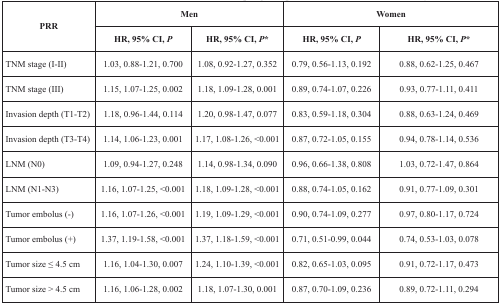
<table><thead><tr><td rowspan="2"><b>PRR</b></td><td colspan="2"><b>Men</b></td><td colspan="2"><b>Women</b></td></tr><tr><td><b>HR, 95% CI, <i>P</i></b></td><td><b>HR, 95% CI, <i>P</i>*</b></td><td><b>HR, 95% CI, <i>P</i></b></td><td><b>HR, 95% CI, <i>P</i>*</b></td></tr></thead><tbody><tr><td>TNM stage (I-II)</td><td>1.03, 0.88-1.21, 0.700</td><td>1.08, 0.92-1.27, 0.352</td><td>0.79, 0.56-1.13, 0.192</td><td>0.88, 0.62-1.25, 0.467</td></tr><tr><td>TNM stage (III)</td><td>1.15, 1.07-1.25, 0.002</td><td>1.18, 1.09-1.28, 0.001</td><td>0.89, 0.74-1.07, 0.226</td><td>0.93, 0.77-1.11, 0.411</td></tr><tr><td>Invasion depth (T1-T2)</td><td>1.18, 0.96-1.44, 0.114</td><td>1.20, 0.98-1.47, 0.077</td><td>0.83, 0.59-1.18, 0.304</td><td>0.88, 0.63-1.24, 0.469</td></tr><tr><td>Invasion depth (T3-T4)</td><td>1.14, 1.06-1.23, 0.001</td><td>1.17, 1.08-1.26, &lt;0.001</td><td>0.87, 0.72-1.05, 0.155</td><td>0.94, 0.78-1.14, 0.536</td></tr><tr><td>LNM (N0)</td><td>1.09, 0.94-1.27, 0.248</td><td>1.14, 0.98-1.34, 0.090</td><td>0.96, 0.66-1.38, 0.808</td><td>1.03, 0.72-1.47, 0.864</td></tr><tr><td>LNM (N1-N3)</td><td>1.16, 1.07-1.25, &lt;0.001</td><td>1.18, 1.09-1.28, &lt;0.001</td><td>0.88, 0.74-1.05, 0.162</td><td>0.91, 0.77-1.09, 0.301</td></tr><tr><td>Tumor embolus (−)</td><td>1.16, 1.07-1.26, &lt;0.001</td><td>1.19, 1.09-1.29, &lt;0.001</td><td>0.90, 0.74-1.09, 0.277</td><td>0.97, 0.80-1.17, 0.724</td></tr><tr><td>Tumor embolus (+)</td><td>1.37, 1.19-1.58, &lt;0.001</td><td>1.37, 1.18-1.59, &lt;0.001</td><td>0.71, 0.51-0.99, 0.044</td><td>0.74, 0.53-1.03, 0.078</td></tr><tr><td>Tumor size ≤ 4.5 cm</td><td>1.16, 1.04-1.30, 0.007</td><td>1.24, 1.10-1.39, &lt;0.001</td><td>0.82, 0.65-1.03, 0.095</td><td>0.91, 0.72-1.17, 0.473</td></tr><tr><td>Tumor size &gt; 4.5 cm</td><td>1.16, 1.06-1.28, 0.002</td><td>1.18, 1.07-1.30, 0.001</td><td>0.87, 0.70-1.09, 0.236</td><td>0.89, 0.72-1.11, 0.294</td></tr></tbody></table>